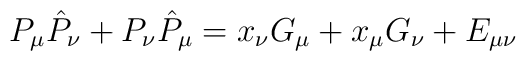
P_\mu \hat{P}_\nu + P_\nu \hat{P}_\mu = x_\nu G_\mu + x_\mu G_\nu +E_{\mu \nu}